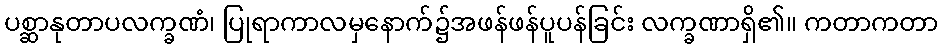
ပစ္ဆာနုတာပလက္ခဏံ၊ ပြုရာကာလမှနောက်၌အဖန်ဖန်ပူပန်ခြင်း လက္ခဏာရှိ၏။ ကတာကတာ